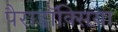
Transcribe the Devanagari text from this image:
पैराडॉक्सिया